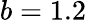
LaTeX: b=1.2